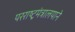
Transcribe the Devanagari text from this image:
परराष्ट्रमंत्रालयाने